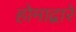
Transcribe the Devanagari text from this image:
होमाद्वारे